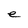
Character: e